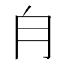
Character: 𣍝